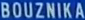
BOUZNIKA